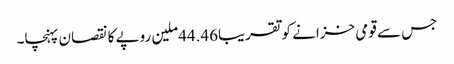
جس سے قومی خزانے کو تقریبا44.46ملین روپے کا نقصان پہنچا۔